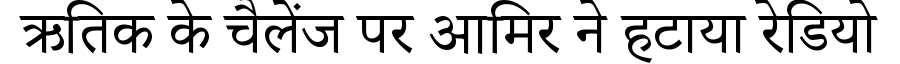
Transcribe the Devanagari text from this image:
ऋतिक के चैलेंज पर आमिर ने हटाया रेडियो